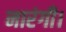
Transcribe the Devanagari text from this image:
नारंगी।